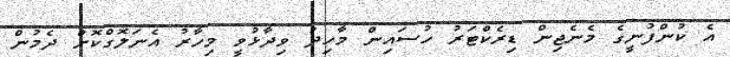
އެ ކުންފުނީގެ މެނެޖިން ޑިރެކްޓަރު ހުސައިން މާހިދު ވިދާޅުވީ މިހާރު އެނަލޮގްކޮށް ދެމުން